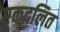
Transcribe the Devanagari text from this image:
एकदलित